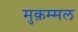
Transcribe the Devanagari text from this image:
मुक़म्मल